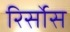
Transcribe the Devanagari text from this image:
रिर्सोस